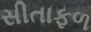
સીતાફળ